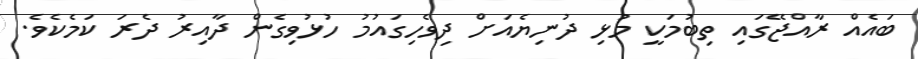
ބައެއް ރާއްޖޭގައި ތިބުމަކީ މުޅި ދުނިޔެއަށް ދިވެހިގައުމު ހުޅުވިގެން ދާއިރު ދެރަ ކަމެކެވެ.